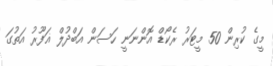
މީގެ ކުރިން 50 މީޓަރު ރެކޯޑް އޮންނަނީ ހަސަން އަބްދުލް ޣަފޫރު އަތުގަ